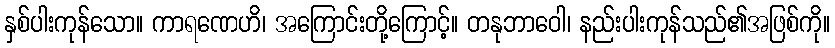
နှစ်ပါးကုန်သော။ ကာရဏေဟိ၊ အကြောင်းတို့ကြောင့်။ တနုဘာဝေါ၊ နည်းပါးကုန်သည်၏အဖြစ်ကို။